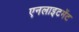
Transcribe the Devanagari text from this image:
एनलाइटमेंट